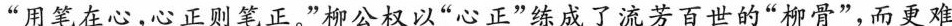
”用笔在心，心正则笔正。”柳公权以”心正”练成了流芳百世的”柳骨”，而更难